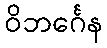
ဝိဘင်္ဂေန